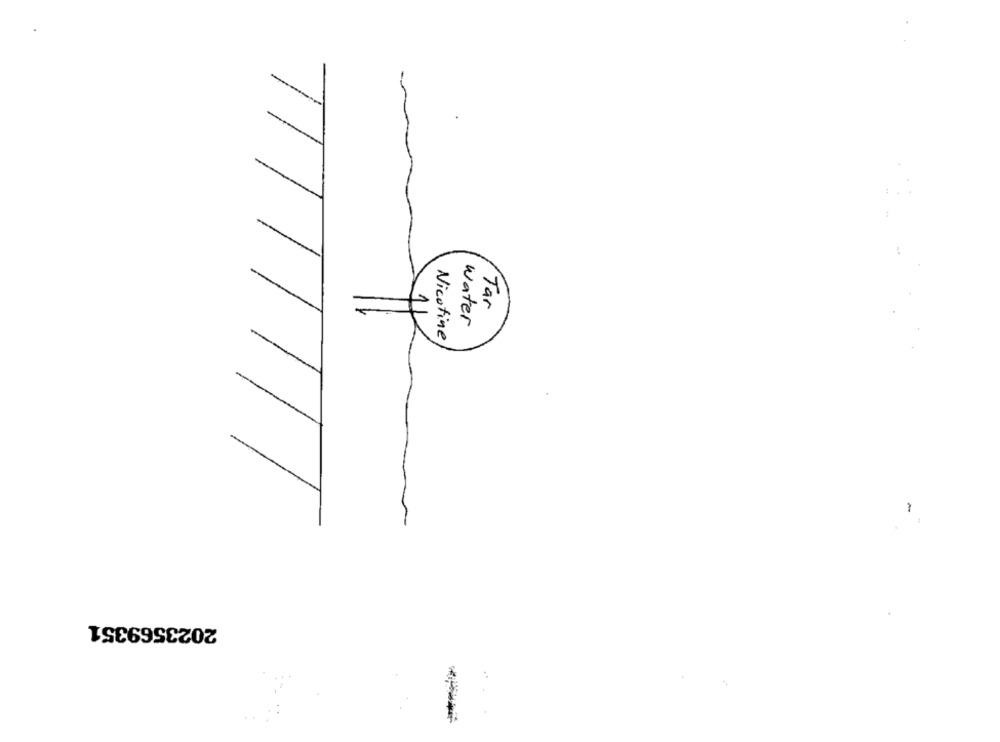
Tar
water
Nicotine
2023569351